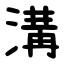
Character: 溝